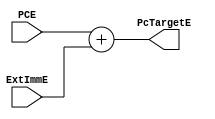
module PCTargetAdder (
    input       wire        [31:0]      PCE,
    input       wire        [31:0]      ExtImmE,
    output      wire        [31:0]      PcTargetE
);

assign      PcTargetE   =   PCE + ExtImmE;

endmodule